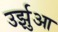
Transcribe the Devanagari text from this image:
उर्झुआ